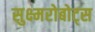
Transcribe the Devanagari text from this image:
सुक्ष्मरोबोट्स